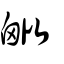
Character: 𣬈